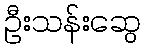
ဦးသန်းဆွေ